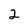
Character: 2